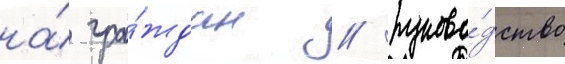
на́ гра́ждан / руково́дство